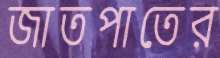
জাতপাতের